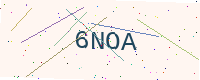
Text: 6NOA